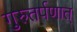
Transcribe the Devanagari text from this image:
गुरुतर्पणात्